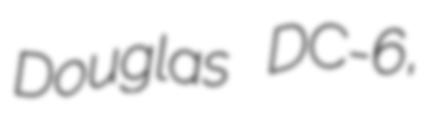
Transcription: Douglas DC-6,